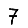
Digit: 7